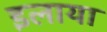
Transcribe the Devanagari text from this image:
इलाया